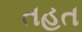
તહત